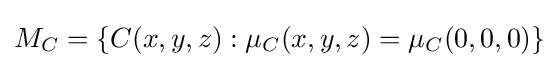
M_{C}=\{C(x,y,z):\mu _{C}(x,y,z)=\mu _{C}(0,0,0)\}